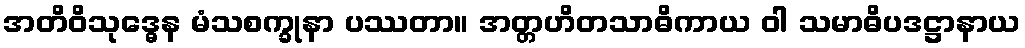
အတိဝိသုဒ္ဓေန မံသစက္ခုနာ ပဿတာ။ အတ္တဟိတသာဓိကာယ ဝါ သမာဓိပဒဋ္ဌာနာယ